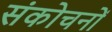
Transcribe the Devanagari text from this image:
संकोचनों